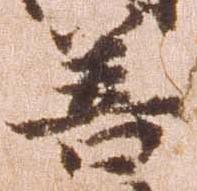
善